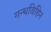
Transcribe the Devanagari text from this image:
गन्धविहिन